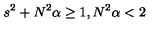
s ^ { 2 } + N ^ { 2 } \alpha \geq 1 , N ^ { 2 } \alpha < 2